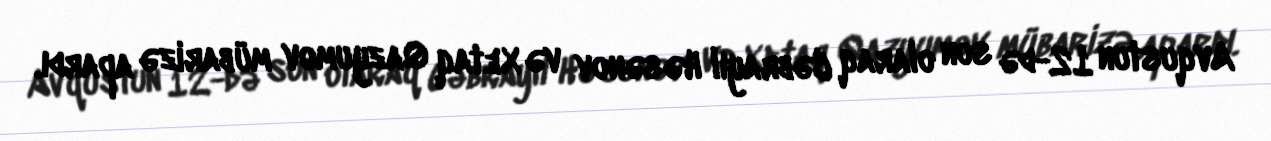
Avqustun 12-də son olaraq Cəbrayıl Həsənov və Xetaq Qazyumov mübarizə apardı.